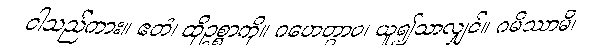
ငါသည်ကား။ ဧတံ၊ ထိုဥစ္စာကို။ ဂဟေတွာဝ၊ ယူ၍သာလျှင်။ ဂမိဿာမိ၊